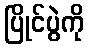
ပြိုင်ပွဲကို